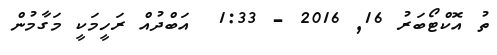
ތު އޮކްޓޯބަރު 16